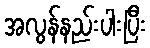
အလွန်နည်းပါးပြီး